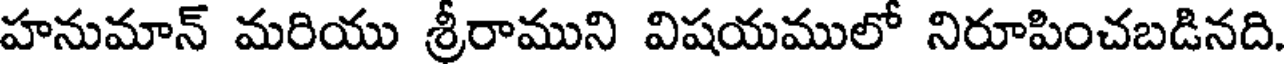
హనుమాన్ మరియు శ్రీరాముని విషయములో నిరూపించబడినది